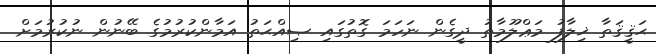
ޙަޤީޤަތާ ޚިލާފު މަޢްލޫމާތު ދީގެން ނަހަމަ ގޮތުގައި ޞިއްޙަތު އަމާންކުރުމުގެ ބޭނުން ނުކުރުމަށް